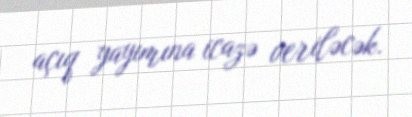
açıq yayımına icazə veriləcək.